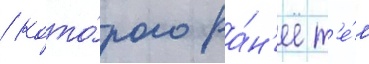
/ кото́рого ра́н'ее т'е́м